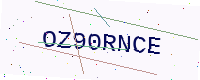
Text: OZ90RNCE